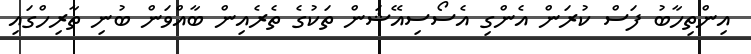
އިންތިހާބު ފަސް ކުރަން އެންގި އެސޯސިއޭޝަން ތަކުގެ ތެރެއިން ބާއްވަން ބުނި ތާރިހްގައި